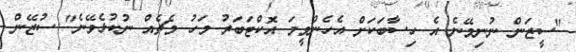
"ސީޒަން ނުނިމޭނެ އެ ހިސާބަކަށް އެހެންވީމަ އޮކްޓަބަރު މަހު މެޗެއް ނުކުޅެވޭނެ" ސުޒޭން